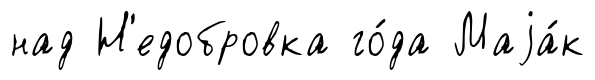
над Н'едобровка го́да Маjа́к